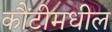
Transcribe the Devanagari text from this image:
कौंटीमधील